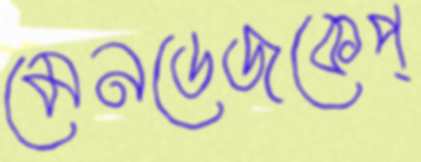
মেনডেজকেপ্